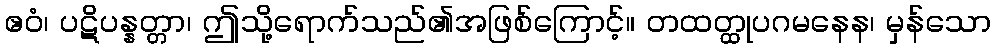
ဧဝံ၊ ပဋိပန္နတ္တာ၊ ဤသို့ရောက်သည်၏အဖြစ်ကြောင့်။ တထတ္ထုပဂမနေန၊ မှန်သော